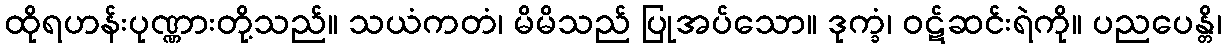
ထိုရဟန်းပုဏ္ဏားတို့သည်။ သယံကတံ၊ မိမိသည် ပြုအပ်သော။ ဒုက္ခံ၊ ဝဋ်ဆင်းရဲကို။ ပညပေန္တိ၊